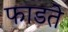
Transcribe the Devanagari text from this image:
फाडते